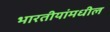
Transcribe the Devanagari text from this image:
भारतीयांमधील